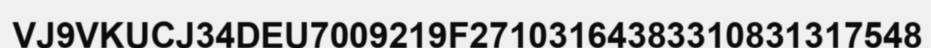
VJ9VKUCJ34DEU7009219F27103164383310831317548